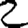
Digit: 2